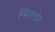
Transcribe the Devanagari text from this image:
न्यिमागोन